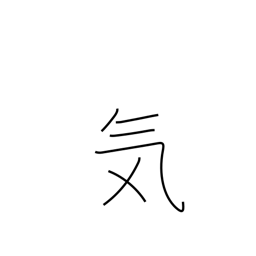
Meaning: spirit